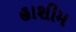
હાશીમ